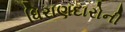
ધિરાણદારોની